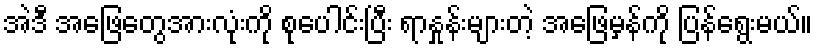
အဲဒီ အဖြေတွေအားလုံးကို စုပေါင်းပြီး ရာနှုန်းများတဲ့ အဖြေမှန်ကို ပြန်ရွေးမယ်။